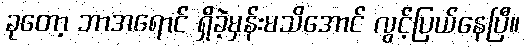
ခုတော့ ဘာအရောင် ရှိခဲ့မှန်းမသိအောင် လွင့်ပြယ်နေပြီ။